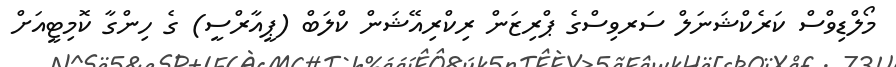
މޯލްޑިވްސް ކަރެކްޝަނަލް ސަރވިސްގެ ޕްރިޒަން ރިކްރިއޭޝަން ކްލަބް (ޕީއާރްސީ) ގެ ހިންގާ ކޮމިޓީއަށް